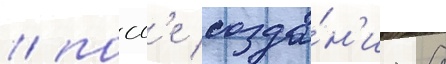
/ посл'е созда́н'иа 8